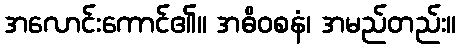
အလောင်းကောင်၏။ အဓိဝစနံ၊ အမည်တည်း။